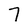
Character: 7